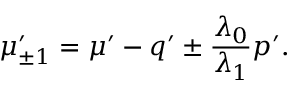
\mu _ { \pm 1 } ^ { \prime } = \mu ^ { \prime } - q ^ { \prime } \pm \frac { \lambda _ { 0 } } { \lambda _ { 1 } } p ^ { \prime } .